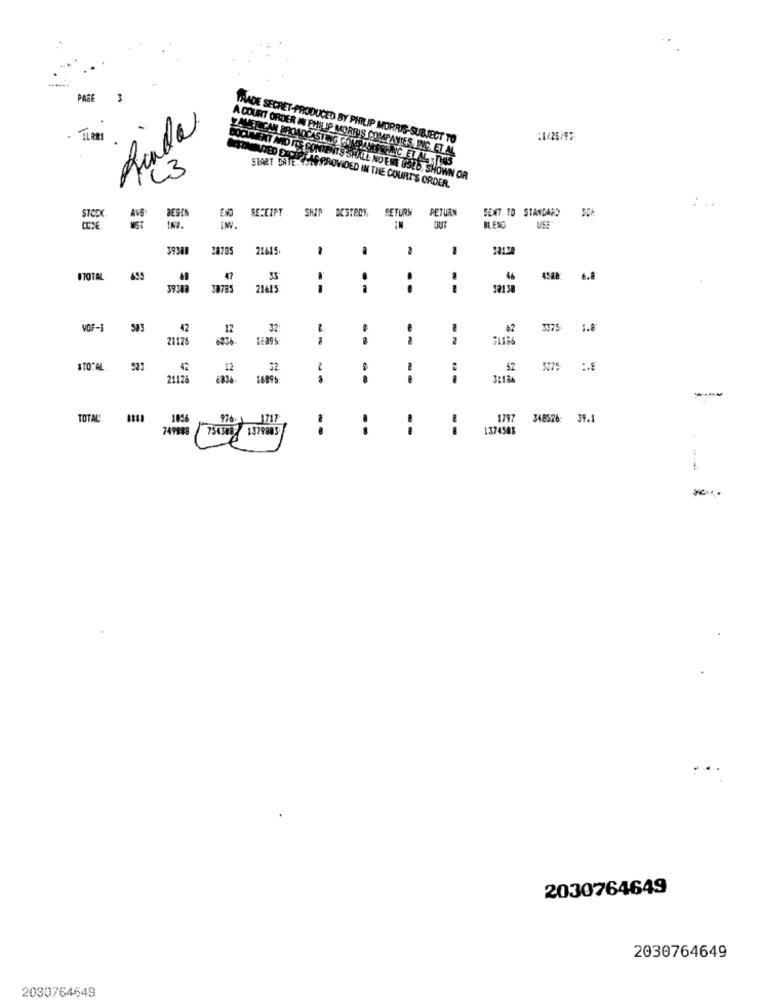
PAGE
Anda
TRADE SECRET-PRODUCED BY PHILIP MORRIS-SUBJECT TO
A COURT ORDER IN PHILIP MORRIS COMPANIES, INC. ET AL
C3
OCUMENT MID ITS CONTENTS SHALL NO ERE FOLD. SHOWN OR
START DATE: 45LYSPROVIDED IN THE COURT'S ORDER.
RECEIPT
SHIP DESTROY
RETURN
PETURN
SENT TO STANDARD
DESEN
OUT
USE
39348
28785
21615
2
OTOTAL
699
47
46
4528
6.8
38785
21615
--
3213
VOF-1
583
42
12
32
.
62
3975
2117!
6836.
--
2
$TOTAL.
523
12
32
52
2112
8836.
16995
--
TOTAL
10%
976. 1 1717
1797
348526: 39.1
749888
754568 1379805
--
1374583
1
2030764649
2030764649
2030764649